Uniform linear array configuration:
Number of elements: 24
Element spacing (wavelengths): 0.5
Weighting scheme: binomial
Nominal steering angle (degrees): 60
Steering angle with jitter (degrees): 61.784
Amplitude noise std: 0.05
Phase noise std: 0.05

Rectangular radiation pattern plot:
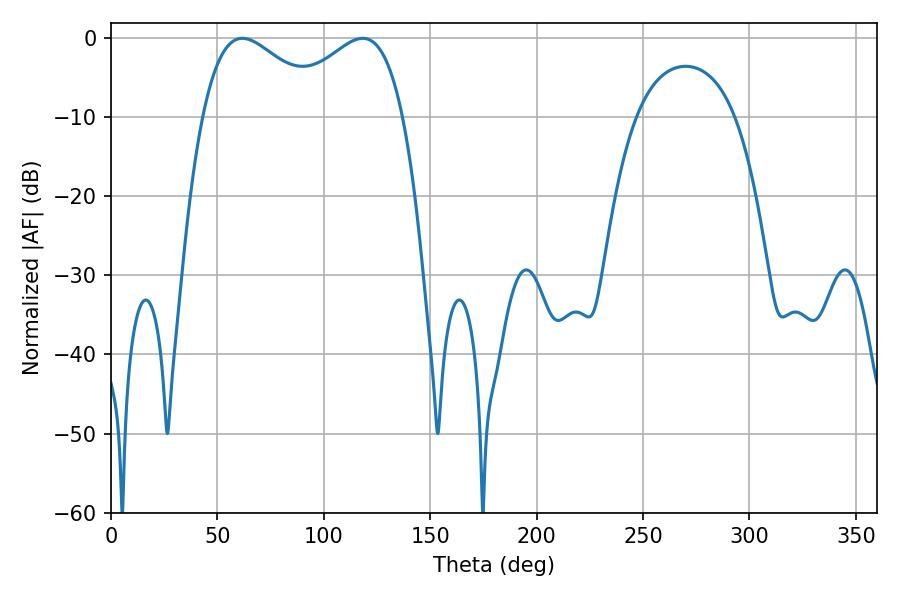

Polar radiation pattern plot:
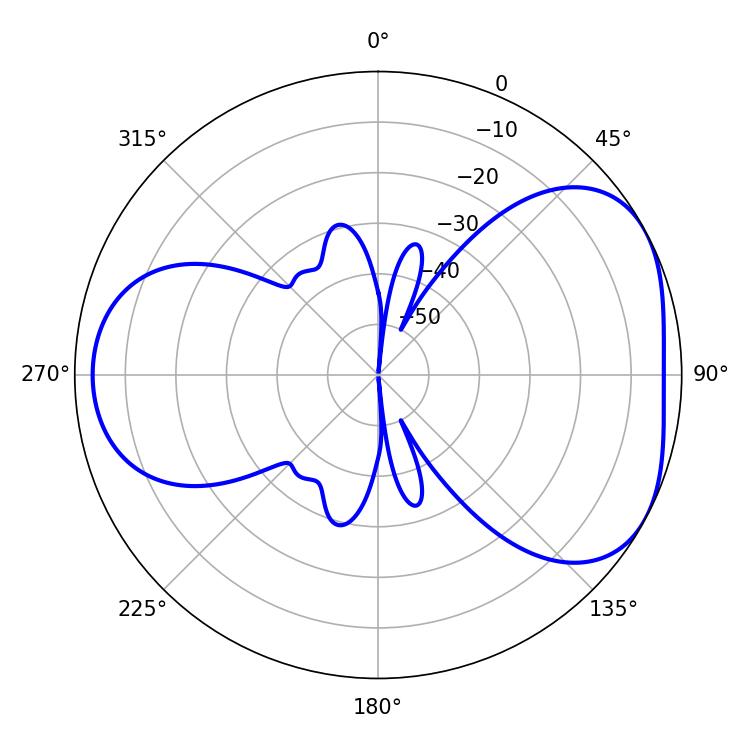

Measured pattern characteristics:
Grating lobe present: FALSE
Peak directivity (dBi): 4.529
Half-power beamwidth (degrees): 31.5
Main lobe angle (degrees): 61.74